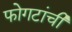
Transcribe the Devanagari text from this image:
फोगटांची